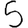
Digit: 5